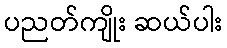
ပညတ်ကျိုး ဆယ်ပါး